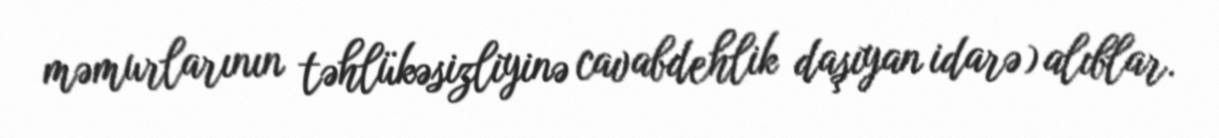
məmurlarının təhlükəsizliyinə cavabdehlik daşıyan idarə) alıblar.